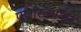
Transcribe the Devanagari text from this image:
पूजारत्नाकर